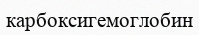
карбоксигемоглобин